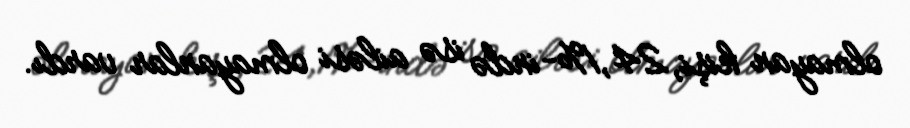
olmayan kişi, 24,1%-ində isə ailəsi olmayanlar vardı.